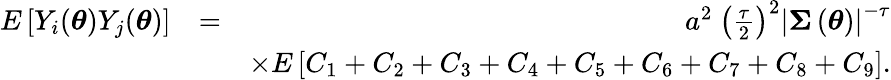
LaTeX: \begin{array}{rlr}{E\left[Y_{i}(\boldsymbol{\theta})Y_{j}(\boldsymbol{\theta})\right]}&{=}&{a^{2}\mathrm{~}\left(\frac{\tau}{2}\right)^{2}\left\vert\boldsymbol{\Sigma}\left(\boldsymbol{\theta}\right)\right\vert^{-\tau}}\\ &{}&{\times E\left[C_{1}+C_{2}+C_{3}+C_{4}+C_{5}+C_{6}+C_{7}+C_{8}+C_{9}\right].}\end{array}